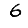
Digit: 6